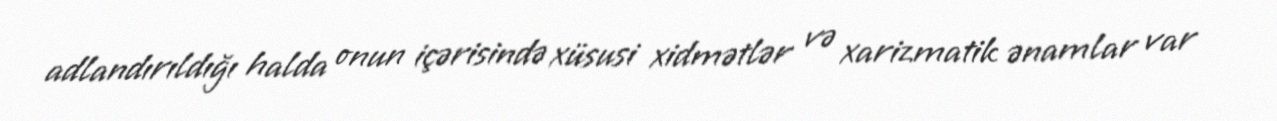
adlandırıldığı halda onun içərisində xüsusi xidmətlər və xarizmatik ənamlar var